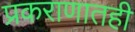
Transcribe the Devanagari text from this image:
प्रकराणातही